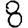
Digit: 8